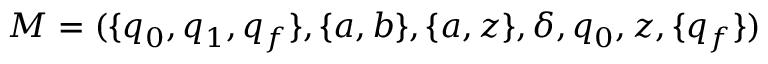
M = ( \{ q _ { 0 } , q _ { 1 } , q _ { f } \} , \{ a , b \} , \{ a , z \} , \delta , q _ { 0 } , z , \{ q _ { f } \} )